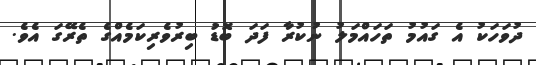
ދުވަހަކު އެ ގައުމު ތަހައްމަލު ނުކުރާ ފަދަ ބޮޑު ބިރުވެރިކަމެއްގެ ތެރޭގަ އެވެ.